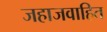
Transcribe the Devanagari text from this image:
जहाजवाहित